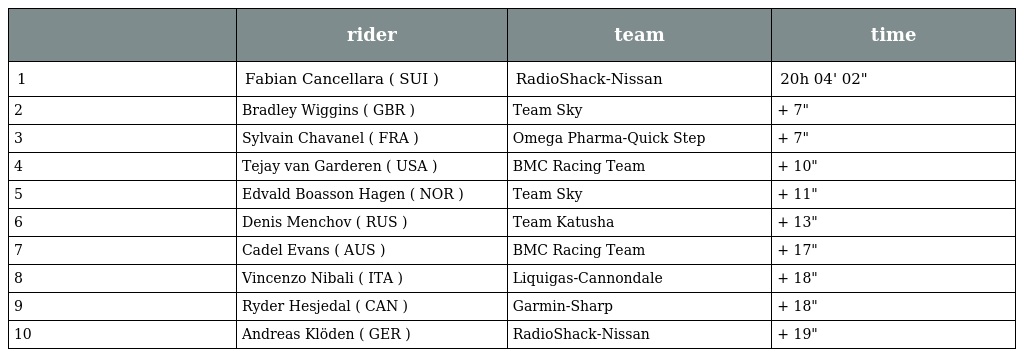
|  | rider | team | time |
 | --- | --- | --- | --- |
 | 1 | Fabian Cancellara ( SUI ) | RadioShack-Nissan | 20h 04' 02" |
 | 2 | Bradley Wiggins ( GBR ) | Team Sky | + 7" |
 | 3 | Sylvain Chavanel ( FRA ) | Omega Pharma-Quick Step | + 7" |
 | 4 | Tejay van Garderen ( USA ) | BMC Racing Team | + 10" |
 | 5 | Edvald Boasson Hagen ( NOR ) | Team Sky | + 11" |
 | 6 | Denis Menchov ( RUS ) | Team Katusha | + 13" |
 | 7 | Cadel Evans ( AUS ) | BMC Racing Team | + 17" |
 | 8 | Vincenzo Nibali ( ITA ) | Liquigas-Cannondale | + 18" |
 | 9 | Ryder Hesjedal ( CAN ) | Garmin-Sharp | + 18" |
 | 10 | Andreas Klöden ( GER ) | RadioShack-Nissan | + 19" |